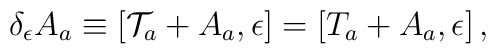
\delta_{\epsilon} A_{a} \equiv [{\cal T}_{a} + A_{a},\epsilon]=[T_{a} + A_{a},\epsilon]\, ,